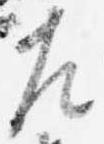
左